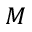
M